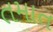
તમાત